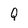
Character: Q